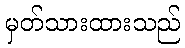
မှတ်သားထားသည်